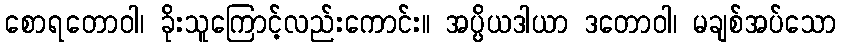
စောရတောဝါ၊ ခိုးသူကြောင့်လည်းကောင်း။ အပ္ပိယဒါယာ ဒတောဝါ၊ မချစ်အပ်သော